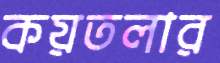
কয়তলার